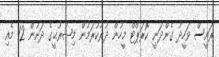
ރައީސް ވަހީދު ގެންދަނީ ކޮރަޕްޓް މީހުން ދުރުކުރަމުން މިޞުރުޙީގެ ދަށުން 12 މެއި